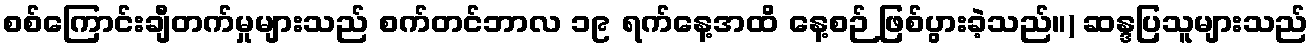
စစ်ကြောင်းချီတက်မှုများသည် စက်တင်ဘာလ ၁၉ ရက်နေ့အထိ နေ့စဉ် ဖြစ်ပွားခဲ့သည်။) ဆန္ဒပြသူများသည်